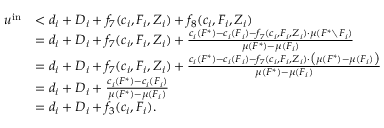
\begin{array} { r l } { u ^ { \mathrm { i n } } } & { < d _ { i } + D _ { i } + f _ { 7 } ( c _ { i } , F _ { i } , Z _ { i } ) + f _ { 8 } ( c _ { i } , F _ { i } , Z _ { i } ) } \\ { } & { = d _ { i } + D _ { i } + f _ { 7 } ( c _ { i } , F _ { i } , Z _ { i } ) + \frac { c _ { i } ( F ^ { * } ) - c _ { i } ( F _ { i } ) - f _ { 7 } ( c _ { i } , F _ { i } , Z _ { i } ) \cdot \mu ( F ^ { * } \setminus F _ { i } ) } { \mu ( F ^ { * } ) - \mu ( F _ { i } ) } } \\ { } & { = d _ { i } + D _ { i } + f _ { 7 } ( c _ { i } , F _ { i } , Z _ { i } ) + \frac { c _ { i } ( F ^ { * } ) - c _ { i } ( F _ { i } ) - f _ { 7 } ( c _ { i } , F _ { i } , Z _ { i } ) \cdot \big ( \mu ( F ^ { * } ) - \mu ( F _ { i } ) \big ) } { \mu ( F ^ { * } ) - \mu ( F _ { i } ) } } \\ { } & { = d _ { i } + D _ { i } + \frac { c _ { i } ( F ^ { * } ) - c _ { i } ( F _ { i } ) } { \mu ( F ^ { * } ) - \mu ( F _ { i } ) } } \\ { } & { = d _ { i } + D _ { i } + f _ { 3 } ( c _ { i } , F _ { i } ) . } \end{array}